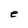
Character: e